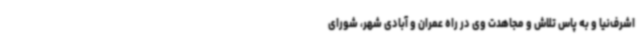
اشرف‌نیا و به پاس تلاش و مجاهدت وی در راه عمران و آبادی شهر، شورای